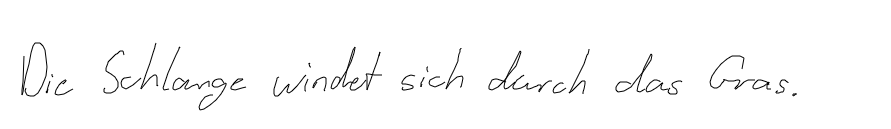
Die Schlange windet sich durch das Gras.